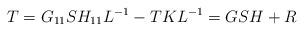
LaTeX: \begin{align*}T=G_{11}SH_{11}L^{-1}-TKL^{-1}=GSH+R\end{align*}